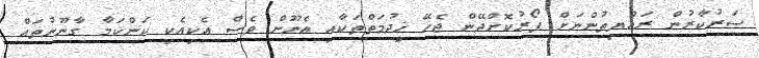
ސަރުކާރުން ރައްޔިތުންނަށް ފޯރުކޮށްދޭން ޖެހޭ ޚިދުމަތްތަކާއި އެނޫން ވެސް އެކިއެކި ކަންކަމާ ގާނޫނުތައް